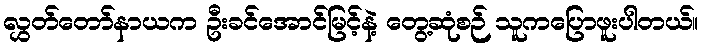
လွှတ်တော်နာယက ဦးခင်အောင်မြင့်နဲ့ တွေ့ဆုံစဉ် သူကပြောဖူးပါတယ်။